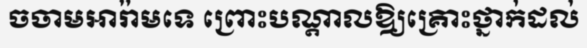
ចចាមអារ៉ាមទេ ព្រោះបណ្តាលឱ្យគ្រោះថ្នាក់ដល់